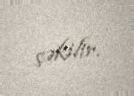
çəkilir.